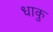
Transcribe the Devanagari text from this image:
धाकु